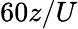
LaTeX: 60z/U